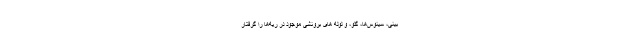
بینی‌، سینوس‌ها، گلو، و لوله‌ های‌ برونشی موجود در ریه‌ها را گرفتار